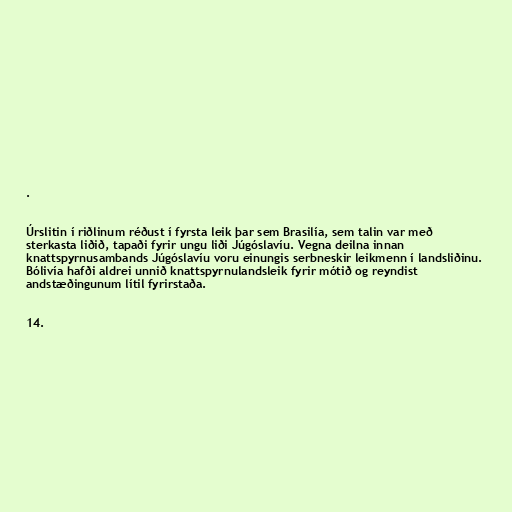
.

Úrslitin í riðlinum réðust í fyrsta leik þar sem Brasilía, sem talin var með
sterkasta liðið, tapaði fyrir ungu liði Júgóslavíu. Vegna deilna innan
knattspyrnusambands Júgóslavíu voru einungis serbneskir leikmenn í landsliðinu.
Bólivía hafði aldrei unnið knattspyrnulandsleik fyrir mótið og reyndist
andstæðingunum lítil fyrirstaða.

14.